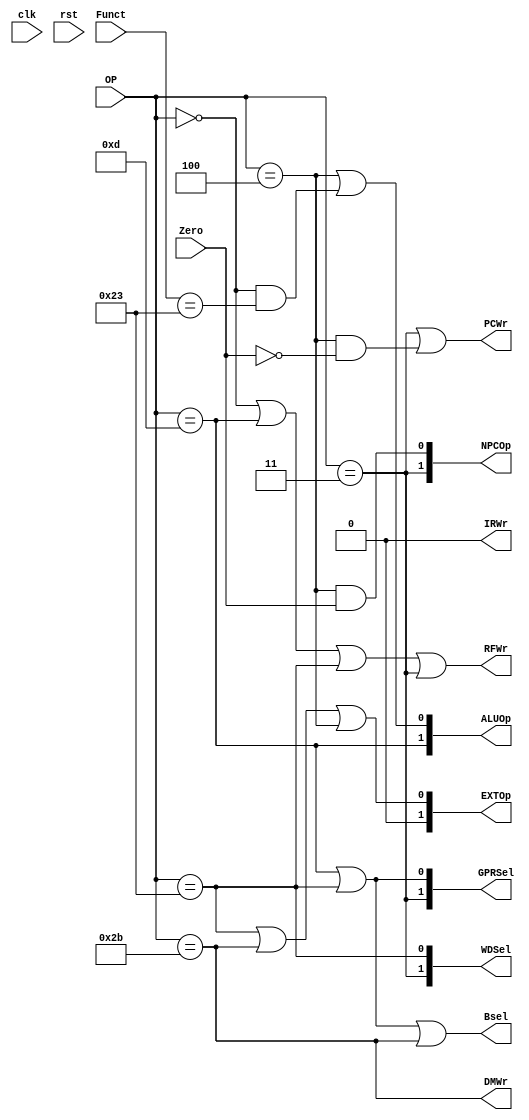
module ctrl(clk, rst, OP, Funct, Zero, Bsel, WDSel, RFWr, DMWr, NPCOp, EXTOp, ALUOp,PCWr, IRWr, GPRSel);
    input clk;
    input rst;
    input [5:0]OP;
    input [5:0]Funct;
    input Zero;
    output Bsel;
    output [1:0]WDSel;
    output RFWr;
    output DMWr;
    output [1:0]NPCOp;
    output [1:0]EXTOp;
    output [1:0]ALUOp;
    output PCWr;
    output IRWr;
    output [1:0]GPRSel;

    assign Bsel = (OP==6'hd) || (OP==6'h23) ||(OP==6'h2b);
    assign WDSel[1] = (OP==6'h3);
    assign WDSel[0] = (OP==6'h23);
    assign RFWr = (OP==6'h0) || (OP==6'hd) ||(OP==6'h23) || (OP==6'h3);
    assign DMWr = (OP==6'h2b);
    assign NPCOp[0] = (OP==6'h4) && (Zero==1);
    assign NPCOp[1] = (OP==6'h3);
    assign EXTOp[0] = (OP==6'h23) || (OP==6'h2b) || (OP == 6'h4);
    assign EXTOp[1] = 0;
    assign ALUOp[0] = (OP == 6'h4) || ((OP == 6'h0)&&(Funct==6'h23));
    assign ALUOp[1] = (OP==6'hd);
    assign PCWr = (OP==6'h3) || ((OP==6'h4)&&(Zero==0));
    assign IRWr = 0;
    assign GPRSel[0] = (OP==6'hd) || (OP==6'h23);
    assign GPRSel[1] = (OP==6'h3);
endmodule